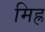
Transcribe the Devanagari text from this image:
मिह्र